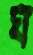
ঘ